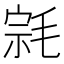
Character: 𰚠